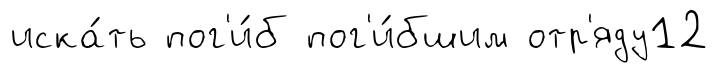
иска́ть пог'и́б пог'и́бшим отр'яду12